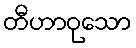
တီဟာဝုသော